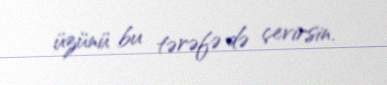
üzünü bu tərəfə də çevirsin.